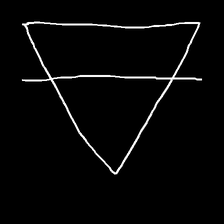
Glyph: empower